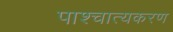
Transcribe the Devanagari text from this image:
पाश्चात्यकरण